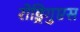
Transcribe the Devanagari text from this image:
रोड्रिगुएस